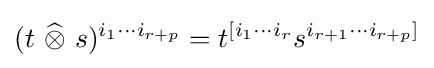
(t~{\widehat {\otimes }}~s)^{i_{1}\cdots i_{r+p}}=t^{[i_{1}\cdots i_{r}}s^{i_{r+1}\cdots i_{r+p}]}